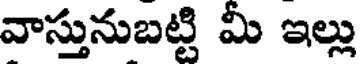
వాస్తునుబట్టి మీ ఇల్లు